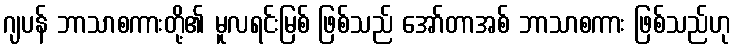
ဂျပန် ဘာသာစကားတို့၏ မူလရင်းမြစ် ဖြစ်သည် အော်တာအစ် ဘာသာစကား ဖြစ်သည်ဟု